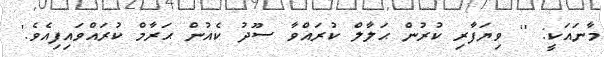
މާނައަކީ: '' ވިޔަފާރި ކުރުން ޙަލާލް ކުރައްވާ ސޫދު ކެއުން ޙަރާމް ކުރައްވައިފިއެވެ.'